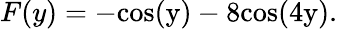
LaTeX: F(y)=-\mathrm{{cos}(y)-8\mathrm{{cos}(4y).}}